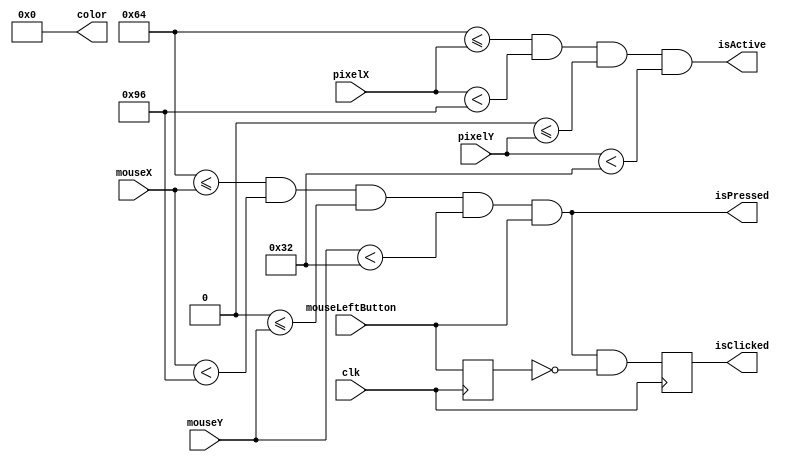
`timescale 1ns / 1ps
//////////////////////////////////////////////////////////////////////////////////
// Company: 
// Engineer: 
// 
// Design Name: 
// Module Name: guiSquare
// Project Name: 
// Target Devices: 
// Tool Versions: 
// Description: 
// 
// Dependencies: 
// 
// Revision:
// Revision 0.01 - File Created
// Additional Comments:
// 
//////////////////////////////////////////////////////////////////////////////////


module guiSquare #(parameter X = 100,
                   parameter Y = 0,
                   parameter SIZE = 50,
                   parameter COLOR = 0) (
        input clk,
        input [9:0] pixelX,
        input [9:0] pixelY,
        input [9:0] mouseX,
        input [9:0] mouseY,
        input mouseLeftButton,
        output isActive,
        output [11:0] color,
        output isPressed,
        output reg isClicked
    );
    
    wire isMouseOver;
    assign isMouseOver = X <= mouseX && mouseX < X+SIZE && Y <= mouseY && mouseY < Y+SIZE;
    assign isPressed = isMouseOver && mouseLeftButton;
    
    reg prevMouseLeftButton = 0;
    
    assign isActive = X <= pixelX && pixelX < X+SIZE
                      && Y <= pixelY && pixelY < Y+SIZE;
    
    assign color = COLOR;
    
    always @(posedge clk) begin
        isClicked <= isMouseOver && mouseLeftButton && !prevMouseLeftButton;
        prevMouseLeftButton <= mouseLeftButton;
    end
    
endmodule